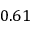
0 . 6 1